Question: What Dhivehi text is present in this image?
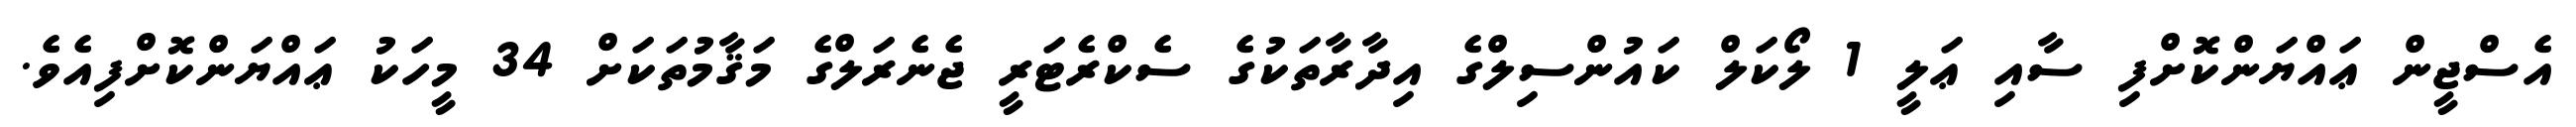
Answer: އެސްޖީން ޢައްޔަންކޮށްފި ސާއި ޢަލީ 1 ލޯކަލް ކައުންސިލްގެ އިދާރާތަކުގެ ސެކްރެޓަރީ ޖެނެރަލްގެ މަޤާމުތަކަށް 34 މީހަކު ޢައްޔަންކޮށްފިއެވެ.